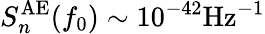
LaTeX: S_{n}^{\mathrm{AE}}(f_{0})\sim 10^{-42}\mathrm{Hz}^{-1}